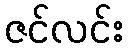
ဇင်လင်း